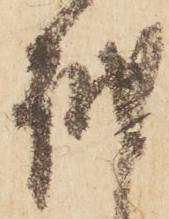
越